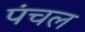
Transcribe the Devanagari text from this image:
पंचल